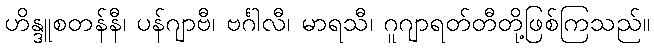
ဟိန္ဒူစတန်နီ၊ ပန်ဂျာဗီ၊ ဗင်္ဂါလီ၊ မာရသီ၊ ဂူဂျာရတ်တီတို့ဖြစ်ကြသည်။